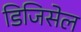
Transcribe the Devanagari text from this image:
डिजिसेल